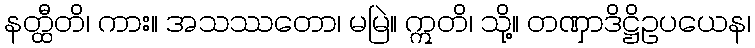
နတ္ထီတိ၊ ကား။ အသဿတော၊ မမြဲ။ ဣတိ၊ သို့။ တဏှာဒိဋ္ဌိဥပယေန၊